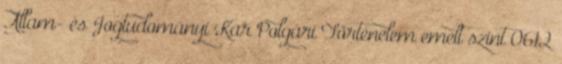
Állam- és Jogtudományi Kar Polgári Történelem emelt szint 0612